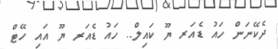
ދެކޭނަން ހައު ޑެއަރ ޔޫ ކައިލް.. ހައު ޑެއަރ ޔޫ އައި ހޭޓް